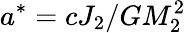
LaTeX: a^{*}=cJ_{2}/GM_{2}^{2}